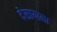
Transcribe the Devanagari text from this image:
देसायाला